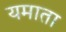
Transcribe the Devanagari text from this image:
यमाता